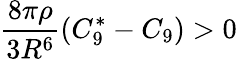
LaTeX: \frac{8\pi\rho}{3R^{6}}(C_{9}^{*}-C_{9})>0